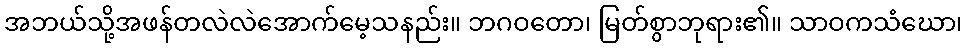
အဘယ်သို့အဖန်တလဲလဲအောက်မေ့သနည်း။ ဘဂဝတော၊ မြတ်စွာဘုရား၏။ သာဝကသံဃော၊